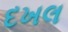
દખલ